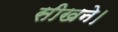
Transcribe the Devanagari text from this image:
सीखने।